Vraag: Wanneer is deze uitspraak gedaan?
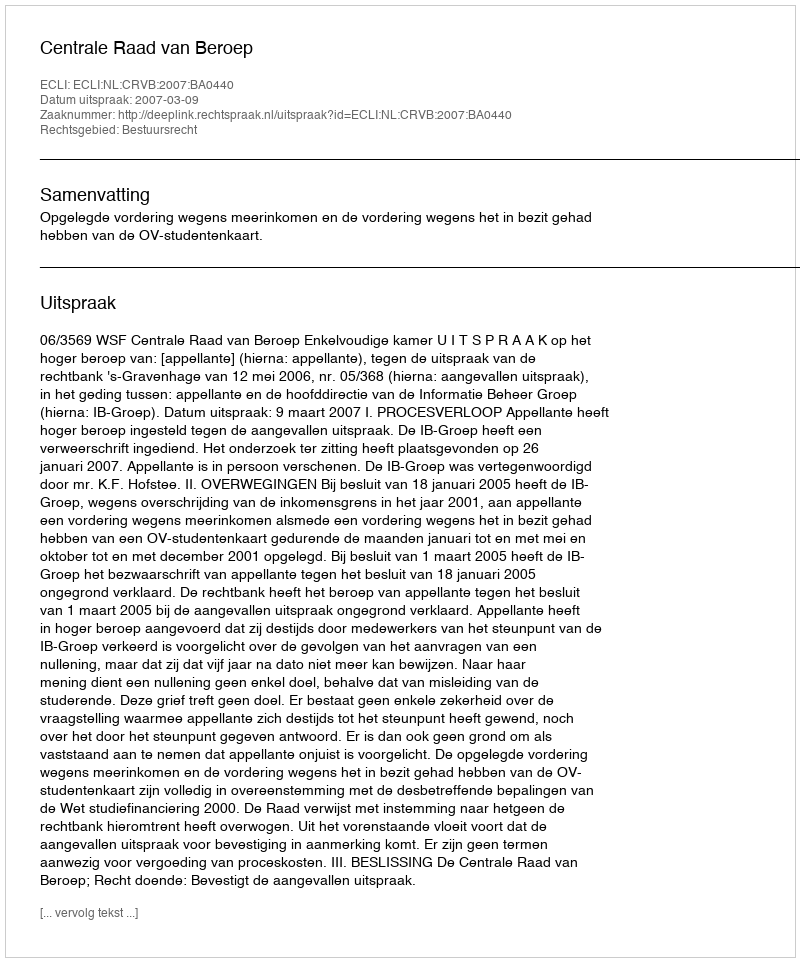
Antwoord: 2007-03-09